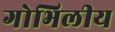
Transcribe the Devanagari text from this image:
गोभिलीय